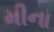
મીના